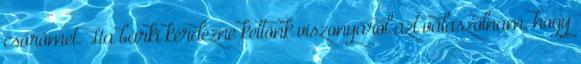
csőrömet. Ha bárki kérdezne kettőnk viszonyáról azt válaszolnám, hogy